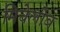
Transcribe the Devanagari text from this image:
मिचेलोब